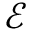
\mathcal { E }